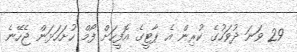
29 ވަނަ ދުވަހުގެ ކުރިން އެ ޕާޓީގެ އޮފީހަށް ފޯމް ހުށަހަޅަން ޖެހޭނެ